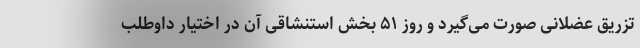
تزریق عضلانی صورت می‌گیرد و روز ۵۱ بخش استنشاقی آن در اختیار داوطلب